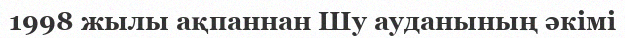
1998 жылы ақпаннан Шу ауданының әкімі